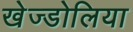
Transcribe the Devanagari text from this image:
खेज्डोलिया